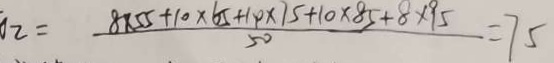
2 = \frac { 8 \times 5 5 + 1 0 \times 6 5 + 1 0 \times 7 5 + 1 0 \times 8 5 + 8 \times 9 5 } { 5 0 } = 7 5